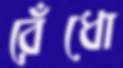
রেঁধো